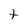
Character: t